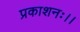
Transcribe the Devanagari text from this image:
प्रकाशनः।।